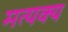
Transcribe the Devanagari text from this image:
मत्यक्य